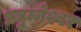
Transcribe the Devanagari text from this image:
प्रद्युम्नेश्वर